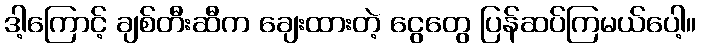
ဒါ့ကြောင့် ချစ်တီးဆီက ချေးထားတဲ့ ငွေတွေ ပြန်ဆပ်ကြမယ်ပေါ့။